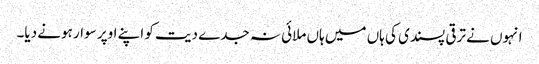
انہوں نے ترقی پسندی کی ہاں میں ہاں ملائی نہ جدے دیت کو اپنے اوپر سوار ہونے دیا۔